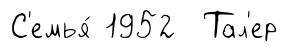
С'емья́ 1952 Тал'ер